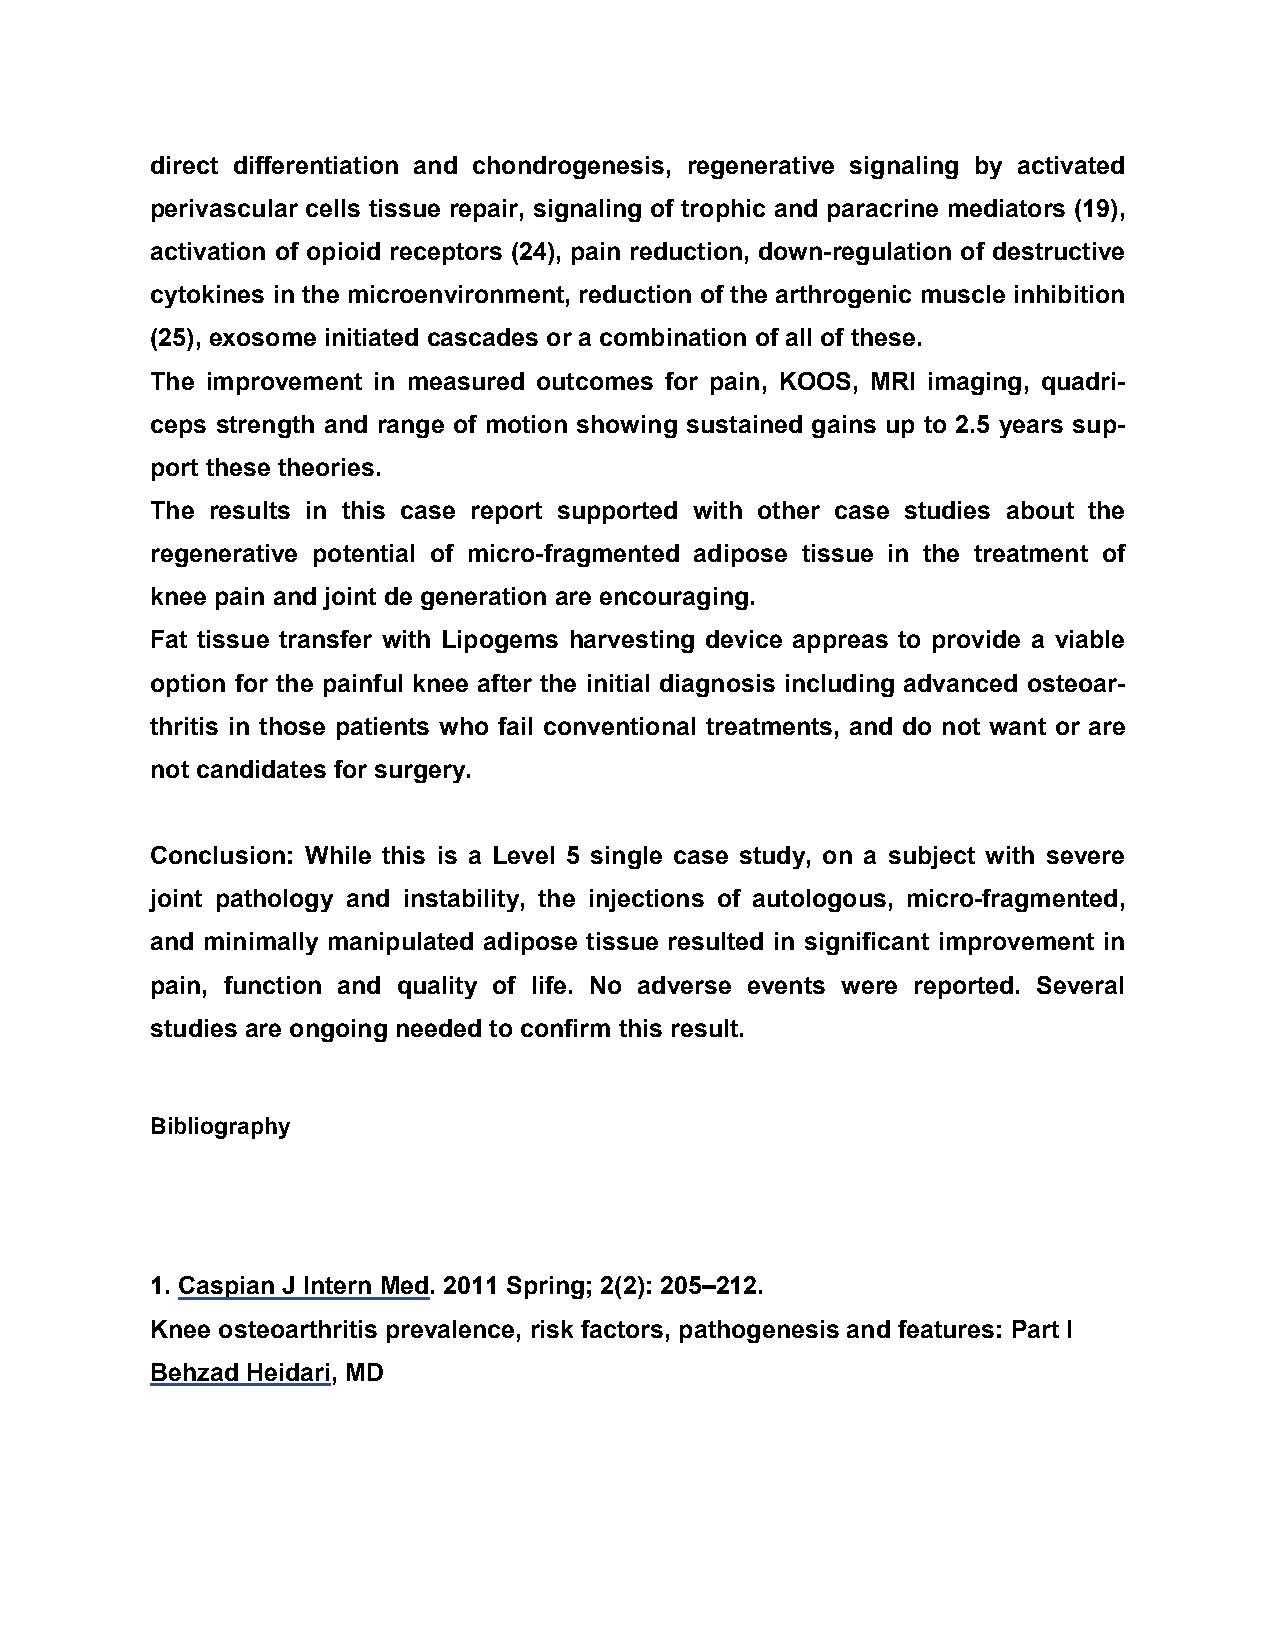
direct differentiation and chondrogenesis, regenerative signaling by activated
 perivascular cells tissue repair, signaling of trophic and paracrine mediators (19),
 activation of opioid receptors (24), pain reduction, down-regulation of destructive
 cytokines in the microenvironment, reduction of the arthrogenic muscle inhibition
 (25), exosome initiated cascades or a combination of all of these.
 The improvement in measured outcomes for pain, KOOS, MRI imaging, quadri-
 ceps strength and range of motion showing sustained gains up to 2.5 years sup-
 port these theories.
 The results in this case report supported with other case studies about the
 regenerative potential of micro-fragmented adipose tissue in the treatment of
 knee pain and joint de generation are encouraging.
 Fat tissue transfer with Lipogems harvesting device appreas to provide a viable
 option for the painful knee after the initial diagnosis including advanced osteoar-
 thritis in those patients who fail conventional treatments, and do not want or are
 not candidates for surgery.
 Conclusion: While this is a Level 5 single case study, on a subject with severe
 joint pathology and instability, the injections of autologous, micro-fragmented,
 and minimally manipulated adipose tissue resulted in significant improvement in
 pain, function and quality of life. No adverse events were reported. Several
 studies are ongoing needed to confirm this result.
 Bibliography
 1. Caspian J Intern Med. 2011 Spring; 2(2): 205–212.
 Knee osteoarthritis prevalence, risk factors, pathogenesis and features: Part I
 Behzad Heidari, MD